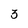
Character: 3